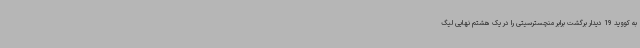
به کووید 19 دیدار برگشت برابر منچسترسیتی را در یک هشتم نهایی لیگ